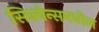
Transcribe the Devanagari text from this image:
सिक्वेन्समधील